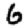
Digit: 6